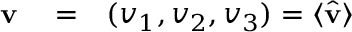
\begin{array} { r l r } { { \bf v } } & { { } = } & { ( v _ { 1 } , v _ { 2 } , v _ { 3 } ) = \langle \hat { \bf v } \rangle } \end{array}